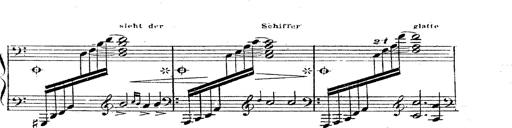
Title: 12 Lieder von Franz Schubert
Composer: Franz Liszt